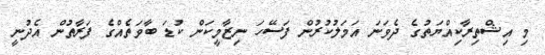
މި އިޝްތިރާކިއްޔަތުގެ ދެވަނަ އަމަލުކުރުން ފަސޭހަ ނިޒާމީކަން ކުޑަ ބާވަތެއްގެ ފަރާތުން އެދުނީ